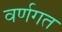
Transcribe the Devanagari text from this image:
वर्णगत